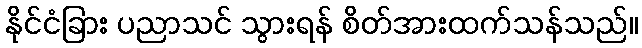
နိုင်ငံခြား ပညာသင် သွားရန် စိတ်အားထက်သန်သည်။